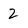
Character: 2